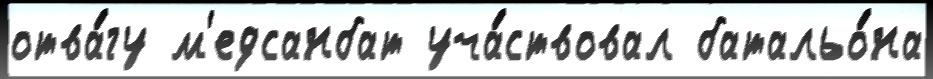
отва́гу м'едсанбат уча́ствовал батальо́на